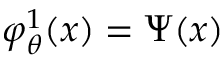
\varphi _ { \theta } ^ { 1 } ( x ) = \Psi ( x )